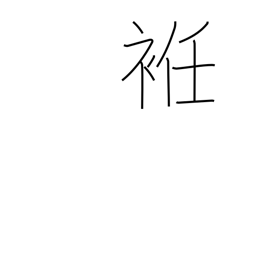
Meaning: gore